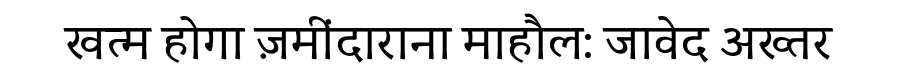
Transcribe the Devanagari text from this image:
खत्म होगा ज़मींदाराना माहौल: जावेद अख्तर